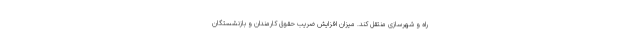
راه و شهرسازی منتقل کند. میزان افزایش ضریب حقوق کارمندان و بازنشستگان